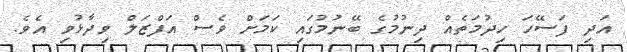
އަދި ފަސޭހަ ހިދުމަތެއް ދިނުމުގެ ބޭނުމުގައި ކަމަށް ވެސް އަފްޒަލް ވިދާޅުވި އެވެ.